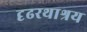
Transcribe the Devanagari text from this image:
दृढरथाश्रय